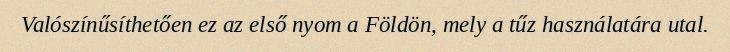
Valószínűsíthetően ez az első nyom a Földön, mely a tűz használatára utal.